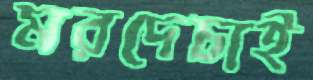
মরদেচাই